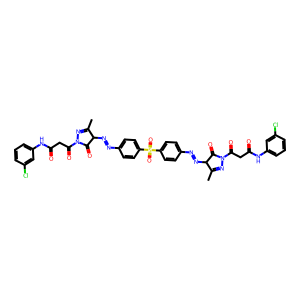
SMILES: CC1=NN(C(=O)CC(=O)Nc2cccc(Cl)c2)C(=O)C1N=Nc1ccc(S(=O)(=O)c2ccc(N=NC3C(=O)N(C(=O)CC(=O)Nc4cccc(Cl)c4)N=C3C)cc2)cc1
Inhibits HIV replication: No